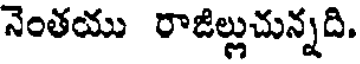
నెంతయు రాజిల్లుచున్నది.